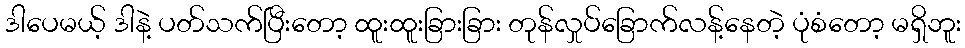
ဒါပေမယ့် ဒါနဲ့ ပတ်သက်ပြီးတော့ ထူးထူးခြားခြား တုန်လှုပ်ခြောက်လန့်နေတဲ့ ပုံစံတော့ မရှိဘူး